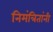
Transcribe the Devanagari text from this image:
निमंत्रितांनी